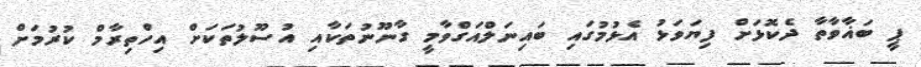
ޕީ ބަޣާވާތާ ދެކޮޅަށް ފިޔަވަޅު އެޅުމުގައި ބައިނަލްއަގްވާމީ ގާނޫނުތަކާއި އުސޫލުތަކަށް އިހްތިރާމް ކުރުމަށް